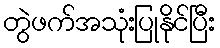
တွဲဖက်အသုံးပြုနိုင်ပြီး